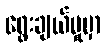
ရွေးချယ်မှုမှာ